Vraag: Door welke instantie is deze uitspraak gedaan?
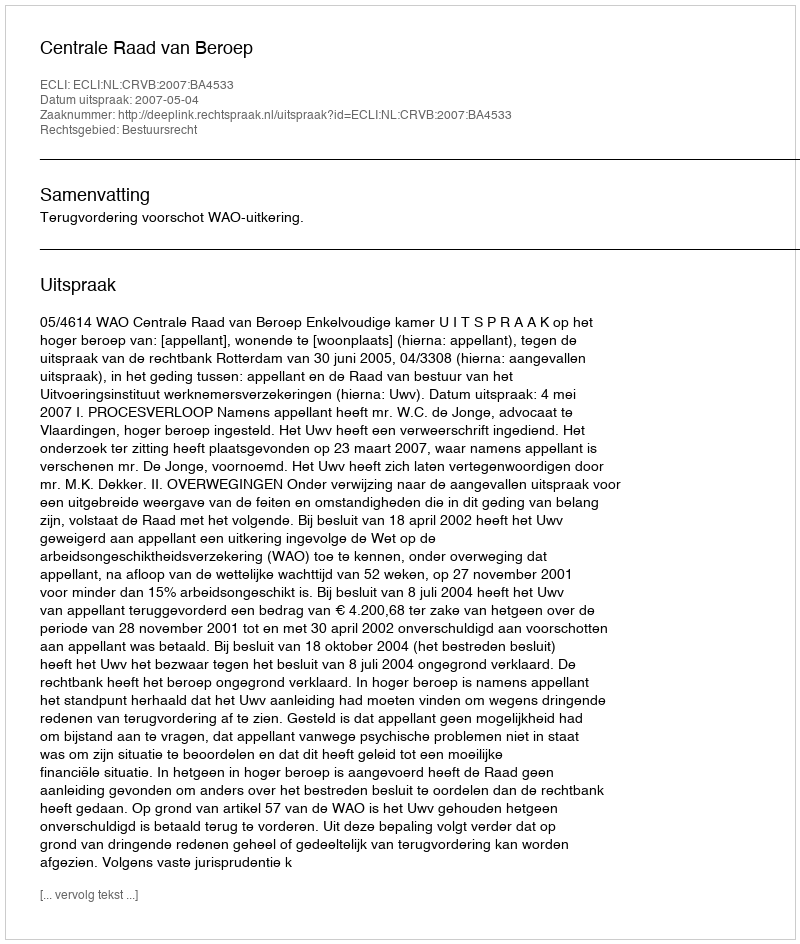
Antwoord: Centrale Raad van Beroep